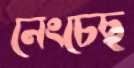
নেংচেছ